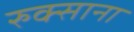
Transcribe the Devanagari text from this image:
रुक्साना